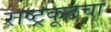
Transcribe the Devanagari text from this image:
राष्ट्रकूटचा